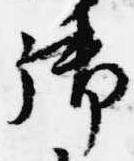
御